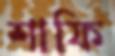
শাফি